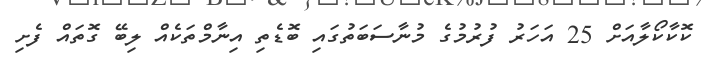
ކޮކާކޯލާއަށް 25 އަހަރު ފުރުމުގެ މުނާސަބަތުގައި ބޮޑެތި އިނާމްތަކެއް ލިބޭ ގޮތައް ފެށި